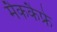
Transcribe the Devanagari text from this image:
मैककैफ्रे